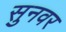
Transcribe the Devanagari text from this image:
सुनवर